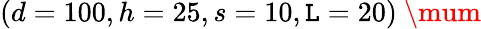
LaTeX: (d=100,h=25,s=10,\mathtt{L}=20)~\mum